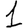
Digit: 1